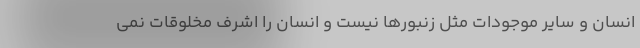
انسان و سایر موجودات مثل زنبورها نیست و انسان را اشرف مخلوقات نمی